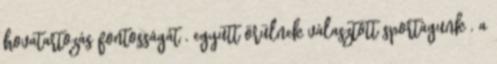
hovatartozás fontosságát , együtt örülnek választott sportágunk , a